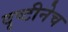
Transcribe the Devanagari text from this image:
दृष्टीनेच